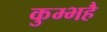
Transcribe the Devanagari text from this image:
कुम्भहै